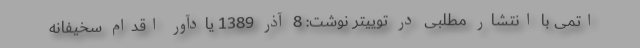
اتمی با انتشار مطلبی در توییتر نوشت: 8 آذر 1389 یادآور اقدام سخیفانه